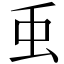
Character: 䖝